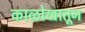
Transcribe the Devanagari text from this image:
काळोखातून